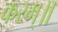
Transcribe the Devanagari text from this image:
करम्॥